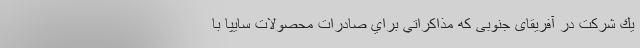
يك شركت در آفریقای جنوبی كه مذاكراتي براي صادرات محصولات سايپا با